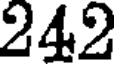
242